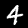
Digit: 4